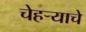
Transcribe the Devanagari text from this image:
चेहऱ्याचे